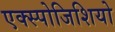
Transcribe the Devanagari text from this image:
एक्स्पोजिशियो